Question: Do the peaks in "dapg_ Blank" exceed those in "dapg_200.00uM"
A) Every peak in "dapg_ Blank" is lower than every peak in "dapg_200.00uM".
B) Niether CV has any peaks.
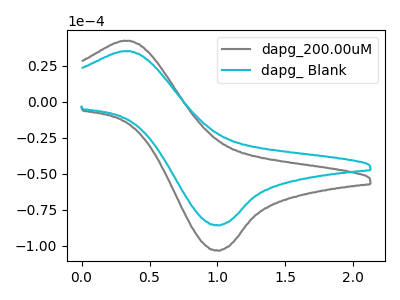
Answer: <think>The gray curve "dapg_200.00uM" has an anodic peak at (0.30V, 42.40uA) and a cathodic peak at (1.00V, -103.10uA). The cyan curve "dapg_ Blank" has an anodic peak at (0.30V, 35.20uA) and a cathodic peak at (1.00V, -85.60uA).</think>
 <answer>A) Every peak in "dapg_ Blank" is lower than every peak in "dapg_200.00uM".</answer>
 <eval>A</eval>